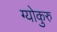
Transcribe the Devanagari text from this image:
ग्योकुरु